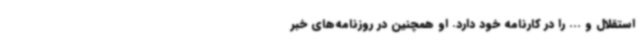
استقلال و ... را در کارنامه خود دارد. او همچنین در روزنامه‌های خبر